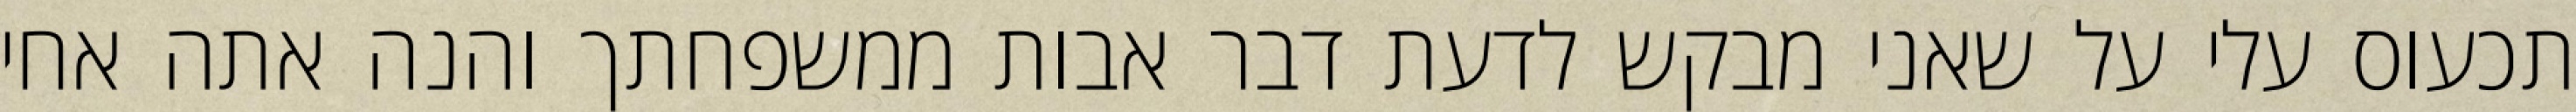
תכעוס עלי על שאני מבקש לדעת דבר אבות ממשפחתך והנה אתה אחי